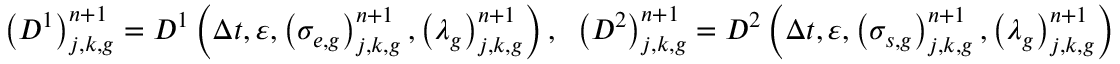
\left( D ^ { 1 } \right) _ { j , k , g } ^ { n + 1 } = D ^ { 1 } \left( \Delta t , \varepsilon , \left( \sigma _ { e , g } \right) _ { j , k , g } ^ { n + 1 } , \left( \lambda _ { g } \right) _ { j , k , g } ^ { n + 1 } \right) , \; \; \left( D ^ { 2 } \right) _ { j , k , g } ^ { n + 1 } = D ^ { 2 } \left( \Delta t , \varepsilon , \left( \sigma _ { s , g } \right) _ { j , k , g } ^ { n + 1 } , \left( \lambda _ { g } \right) _ { j , k , g } ^ { n + 1 } \right)